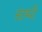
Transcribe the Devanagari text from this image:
स्टम्पी